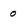
Character: 0